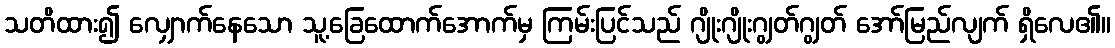
သတိထား၍ လျှောက်နေသော သူ့ခြေထောက်အောက်မှ ကြမ်းပြင်သည် ဂျိုးဂျိုးဂျွတ်ဂျွတ် အော်မြည်လျက် ရှိလေ၏။